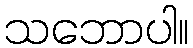
သဘောပါ။